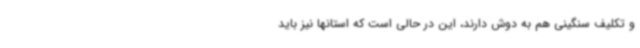
و تکلیف سنگینی هم به دوش دارند، این در حالی است که استانها نیز باید